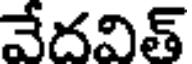
వేదవిత్